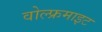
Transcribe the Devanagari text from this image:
वोल्फ्रमाइट